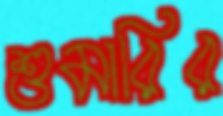
শুমারির